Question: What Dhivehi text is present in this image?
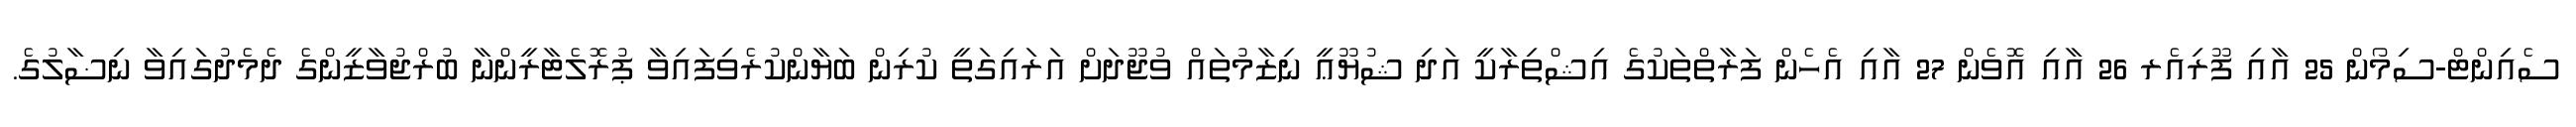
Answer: ސެއިންޓް-ސިމޯން 25 އާއި ފޫރިއެރ 26 އާއި އޮވެން 27 އާއި އެހެން ފަރާތްތަކުގެ އިޝްތިރާކީ އަދި ޝުޔޫޢީ ނިޒާމުތައް ވުޖޫދަށް އަރައިގަތީ ކުރިން ބަޔާންކުރެވިފައިވާ ޕުރޮލެޓާރީންނާ ބުރްޖުވާޒީންގެ ދެމެދުގައިވާ ނިޟާލުގެ.